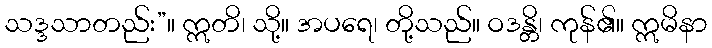
သဒ္ဒသာတည်း”။ ဣတိ၊ သို့။ အပရေ၊ တို့သည်။ ဝဒန္တိ၊ ကုန်၏။ ဣမိနာ